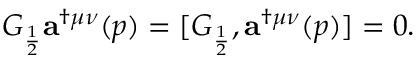
G _ { \frac { 1 } { 2 } } { \bf a } ^ { \dag \mu \nu } ( p ) = [ G _ { \frac { 1 } { 2 } } , { \bf a } ^ { \dag \mu \nu } ( p ) ] = 0 .